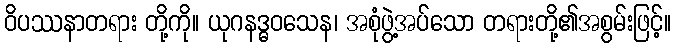
ဝိပဿနာတရား တို့ကို။ ယုဂနဒ္ဓဝသေန၊ အစုံဖွဲ့အပ်သော တရားတို့၏အစွမ်းဖြင့်။